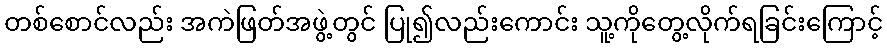
တစ်စောင်လည်း အကဲဖြတ်အဖွဲ့တွင် ပြု၍လည်းကောင်း သူ့ကိုတွေ့လိုက်ရခြင်းကြောင့်